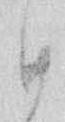
日